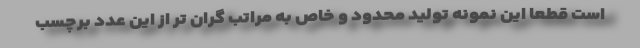
است قطعا این نمونه تولید محدود و خاص به مراتب گران تر از این عدد برچسب